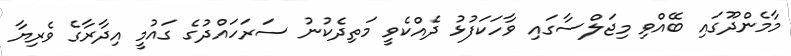
މާމެންދޫގައި ބޭއްވި މިޖަލްސާގައި ވާހަކަފުޅު ދެއްކެވީ މަތިދެކުނު ސަރަހައްދުގެ ގައުމީ އިދާރާގެ ވެރިޔާ